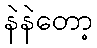
နဲနဲတော့